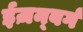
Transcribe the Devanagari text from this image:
ईज़न्बर्ग